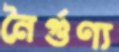
নৈর্গুণ্য